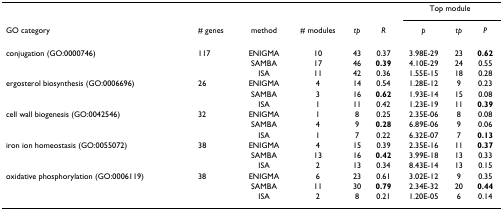
<table><thead><tr><td></td><td></td><td></td><td></td><td></td><td></td><td colspan="3"><b>Top module</b></td></tr><tr><td><b>GO category</b></td><td><b># genes</b></td><td><b>method</b></td><td><b># modules</b></td><td><b><i>tp</i></b></td><td><b><i>R</i></b></td><td><b><i>p</i></b></td><td><b><i>tp</i></b></td><td><b><i>P</i></b></td></tr></thead><tbody><tr><td>conjugation (GO:0000746)</td><td>117</td><td>ENIGMA</td><td>10</td><td>43</td><td>0.37</td><td>3.98E-29</td><td>23</td><td><b>0.62</b></td></tr><tr><td></td><td></td><td>SAMBA</td><td>17</td><td>46</td><td><b>0.39</b></td><td>4.10E-29</td><td>24</td><td>0.55</td></tr><tr><td></td><td></td><td>ISA</td><td>11</td><td>42</td><td>0.36</td><td>1.55E-15</td><td>18</td><td>0.28</td></tr><tr><td>ergosterol biosynthesis (GO:0006696)</td><td>26</td><td>ENIGMA</td><td>4</td><td>14</td><td>0.54</td><td>1.28E-12</td><td>9</td><td>0.23</td></tr><tr><td></td><td></td><td>SAMBA</td><td>3</td><td>16</td><td><b>0.62</b></td><td>1.93E-14</td><td>15</td><td>0.08</td></tr><tr><td></td><td></td><td>ISA</td><td>1</td><td>11</td><td>0.42</td><td>1.23E-19</td><td>11</td><td><b>0.39</b></td></tr><tr><td>cell wall biogenesis (GO:0042546)</td><td>32</td><td>ENIGMA</td><td>1</td><td>8</td><td>0.25</td><td>2.35E-06</td><td>8</td><td>0.08</td></tr><tr><td></td><td></td><td>SAMBA</td><td>4</td><td>9</td><td><b>0.28</b></td><td>6.89E-06</td><td>9</td><td>0.06</td></tr><tr><td></td><td></td><td>ISA</td><td>1</td><td>7</td><td>0.22</td><td>6.32E-07</td><td>7</td><td><b>0.13</b></td></tr><tr><td>iron ion homeostasis (GO:0055072)</td><td>38</td><td>ENIGMA</td><td>4</td><td>15</td><td>0.39</td><td>2.35E-16</td><td>11</td><td><b>0.37</b></td></tr><tr><td></td><td></td><td>SAMBA</td><td>13</td><td>16</td><td><b>0.42</b></td><td>3.99E-18</td><td>13</td><td>0.33</td></tr><tr><td></td><td></td><td>ISA</td><td>2</td><td>13</td><td>0.34</td><td>8.43E-14</td><td>13</td><td>0.15</td></tr><tr><td>oxidative phosphorylation (GO:0006119)</td><td>38</td><td>ENIGMA</td><td>6</td><td>23</td><td>0.61</td><td>3.02E-12</td><td>9</td><td>0.35</td></tr><tr><td></td><td></td><td>SAMBA</td><td>11</td><td>30</td><td><b>0.79</b></td><td>2.34E-32</td><td>20</td><td><b>0.44</b></td></tr><tr><td></td><td></td><td>ISA</td><td>2</td><td>8</td><td>0.21</td><td>1.20E-05</td><td>6</td><td>0.14</td></tr></tbody></table>